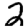
Digit: 2